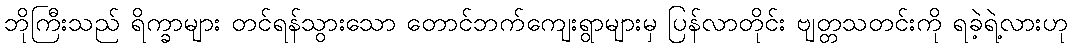
ဘိုကြီးသည် ရိက္ခာများ တင်ရန်သွားသော တောင်ဘက်ကျေးရွာများမှ ပြန်လာတိုင်း ဗျတ္တသတင်းကို ရခဲ့ရဲ့လားဟု